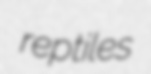
reptiles